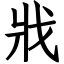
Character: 戕